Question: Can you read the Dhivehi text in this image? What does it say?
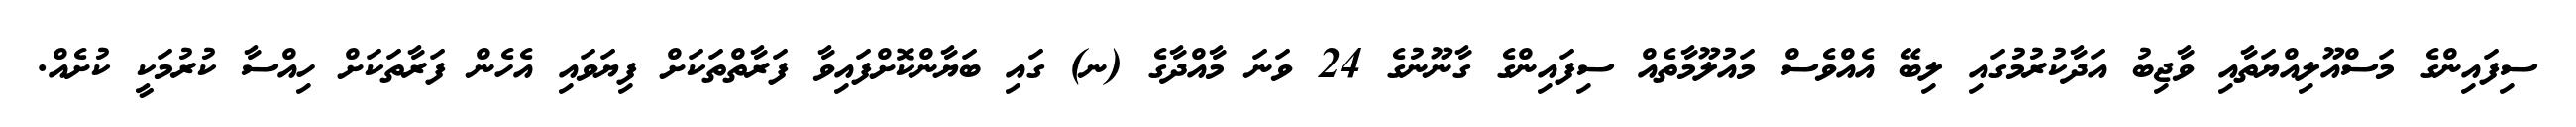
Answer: ސިފައިންގެ މަސްއޫލިއްޔަތާއި ވާޖިބު އަދާކުރުމުގައި ލިބޭ އެއްވެސް މައުލޫމާތެއް ސިފައިންގެ ގާނޫނުގެ 24 ވަނަ މާއްދާގެ (ނ) ގައި ބަޔާންކޮށްފައިވާ ފަރާތްތަކަށް ފިޔަވައި އެހެން ފަރާތަކަށް ހިއްސާ ކުރުމަކީ ކުށެއް.